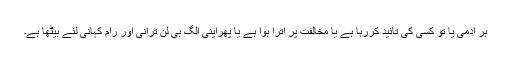
ہر آدمی یا تو کسی کی تائید کررہا ہے یا مخالفت پر اترا ہوا ہے یا پھراپنی الگ ہی لن ترانی اور رام کہانی لئے بیٹھا ہے۔